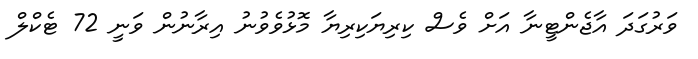
ވަރުގަދަ އާޖެންޓީނާ އަށް ވެސް ކިރިޔަކިރިޔާ މޮޅުވެވުނު އިރާނުން ވަނީ 72 ޓެކްލް